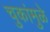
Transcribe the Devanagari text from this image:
चुकांमुळे